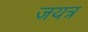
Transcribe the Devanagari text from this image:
जयत्र